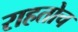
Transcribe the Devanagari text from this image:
राहतोच